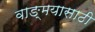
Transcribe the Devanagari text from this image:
वाङ्‌मयासाठी